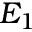
E _ { 1 }